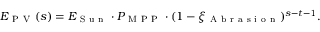
E _ { \mathrm { ~ P ~ V ~ } } ( s ) = E _ { \mathrm { ~ S ~ u ~ n ~ } } \cdot P _ { \mathrm { ~ M ~ P ~ P ~ } } \cdot ( 1 - \xi _ { \mathrm { ~ A ~ b ~ r ~ a ~ s ~ i ~ o ~ n ~ } } ) ^ { s - t - 1 } .